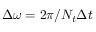
\Delta \omega = 2 \pi / N _ { t } \Delta t